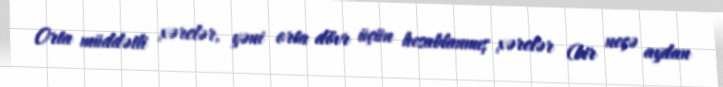
Orta müddətli xərclər, yəni orta dövr üçün hesablanmış xərclər (bir neçə aydan